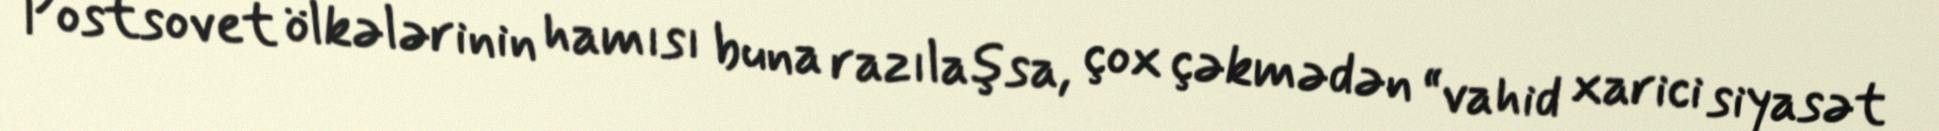
Postsovet ölkələrinin hamısı buna razılaşsa, çox çəkmədən “vahid xarici siyasət